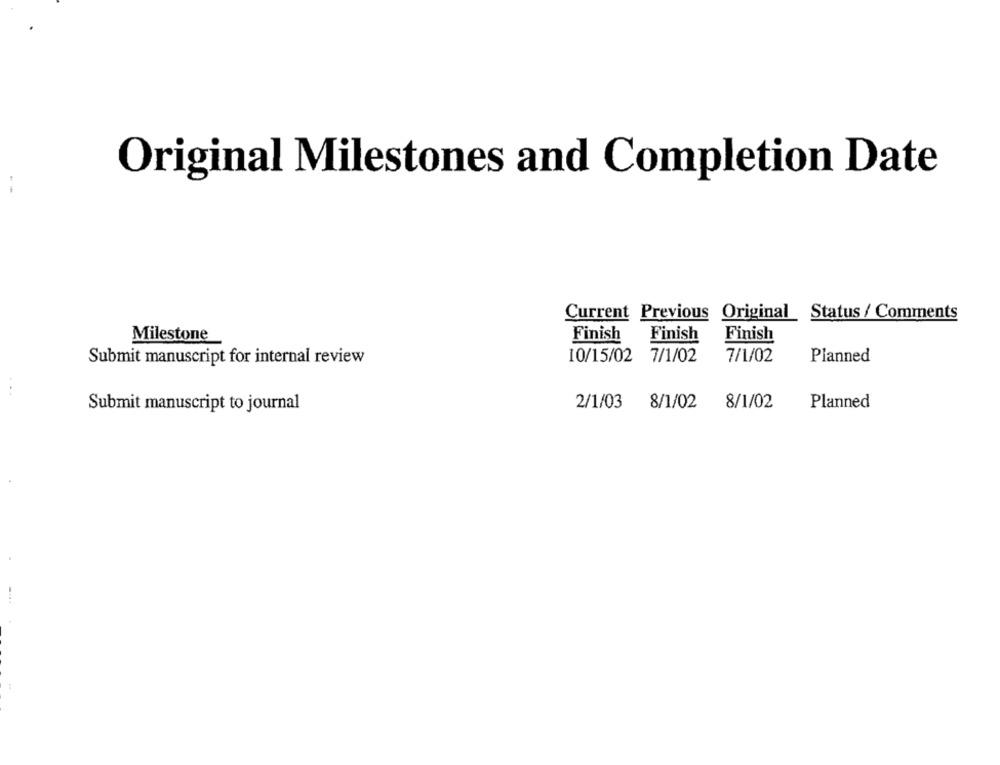
Original Milestones and Completion Date
--
Current Previous Original Status / Comments
Finish Finish
Milestone
Finish
Submit manuscript for internal review
10/15/02 7/1/02
7/1/02
Planned
2/1/03 8/1/02
8/1/02
Planned
Submit manuscript to journal